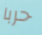
حربا